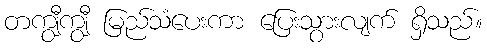
တကျွီကျွီ မြည်သံပေးကာ ပြေးသွားလျက် ရှိသည်။